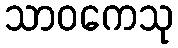
သာဝကေသု